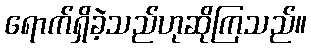
ရောက်ရှိခဲ့သည်ဟုဆိုကြသည်။